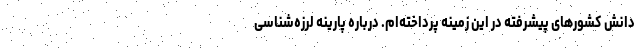
دانش کشورهای پیشرفته در این زمینه پرداخته‌ام. درباره پارینه لرزه‌شناسی